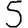
Digit: 5